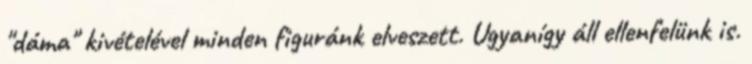
"dáma" kivételével minden figuránk elveszett. Ugyanígy áll ellenfelünk is.